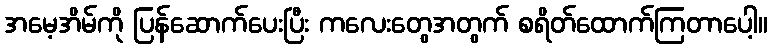
အမေ့အိမ်ကို ပြန်ဆောက်ပေးပြီး ကလေးတွေအတွက် စရိတ်ထောက်ကြတာပေါ့။